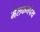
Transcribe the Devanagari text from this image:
मैलकमपेथ